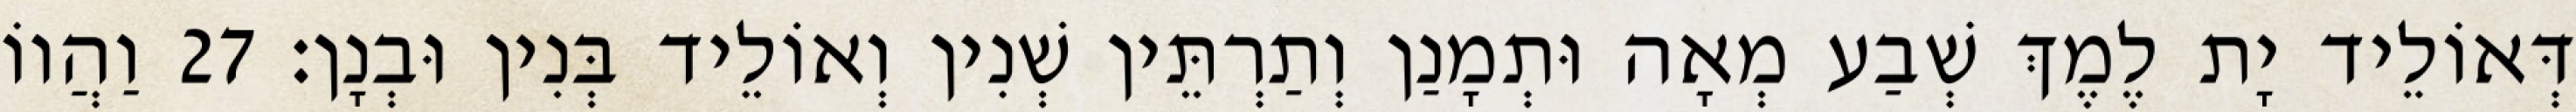
דְּאוֹלֵיד יָת לֶמֶךְ שְׁבַע מְאָה וּתְמָנַן וְתַרְתֵּין שְׁנִין וְאוֹלֵיד בְּנִין וּבְנָן׃ 27 וַהֲווֹ